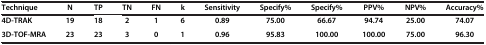
<table><thead><tr><td><b>Technique</b></td><td><b>N</b></td><td><b>TP</b></td><td><b>TN</b></td><td><b>FN</b></td><td><b>k</b></td><td><b>Sensitivity</b></td><td><b>Specify%</b></td><td><b>Specify%</b></td><td><b>PPV%</b></td><td><b>NPV%</b></td><td><b>Accuracy%</b></td></tr></thead><tbody><tr><td><b>4D-TRAK</b></td><td><b>19</b></td><td><b>18</b></td><td><b>2</b></td><td><b>1</b></td><td><b>6</b></td><td><b>0.89</b></td><td><b>75.00</b></td><td><b>66.67</b></td><td><b>94.74</b></td><td><b>25.00</b></td><td><b>74.07</b></td></tr><tr><td><b>3D-TOF-MRA</b></td><td><b>23</b></td><td><b>23</b></td><td><b>3</b></td><td><b>0</b></td><td><b>1</b></td><td><b>0.96</b></td><td><b>95.83</b></td><td><b>100.00</b></td><td><b>100.00</b></td><td><b>75.00</b></td><td><b>96.30</b></td></tr></tbody></table>